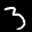
Label: 3